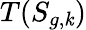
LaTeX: T(S_{g,\mathit{k}})